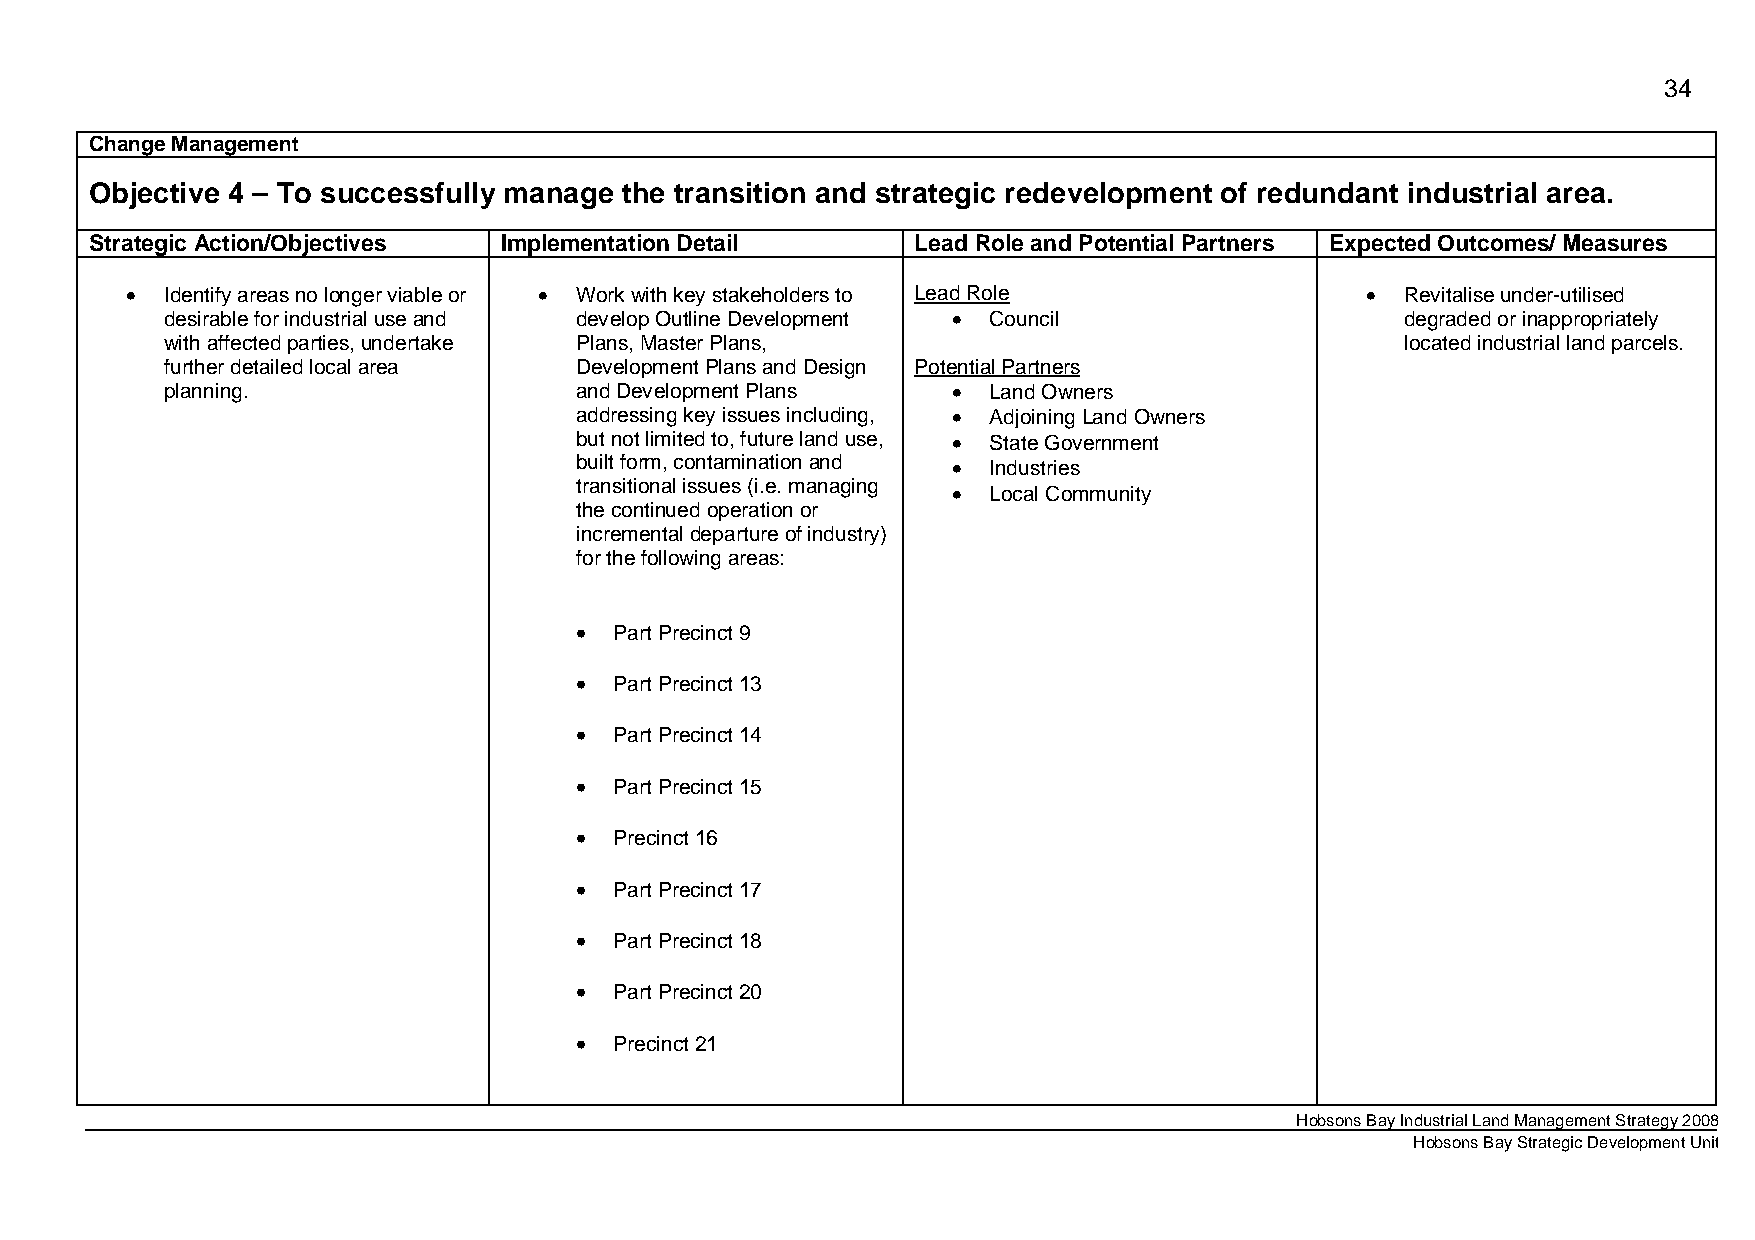
34
 Change Management
 Objective 4 – To successfully manage the transition and strategic redevelopment of redundant industrial area.
 Strategic Action/Objectives Implementation Detail      Lead Role and Potential Partners Expected Outcomes/ Measures
 •  Identify areas no longer viable or • Work with key stakeholders to Lead Role   •  Revitalise under-utilised
 desirable for industrial use and develop Outline Development • Council            degraded or inappropriately
 with affected parties, undertake Plans, Master Plans,                             located industrial land parcels.
 further detailed local area Development Plans and Design Potential Partners
 planning.                  and Development Plans    • Land Owners
 addressing key issues including, • Adjoining Land Owners
 but not limited to, future land use, • State Government
 built form, contamination and • Industries
 transitional issues (i.e. managing • Local Community
 the continued operation or
 incremental departure of industry)
 for the following areas:
 •  Part Precinct 9
 •  Part Precinct 13
 •  Part Precinct 14
 •  Part Precinct 15
 •  Precinct 16
 •  Part Precinct 17
 •  Part Precinct 18
 •  Part Precinct 20
 •  Precinct 21
 Hobsons Bay Industrial Land Management Strategy 2008
 Hobsons Bay Strategic Development Unit